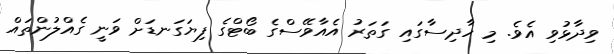
ވިދާޅުވި އެވެ. މި ހާދިސާގައި ގަތަރު އެއާވޭސްގެ ބޯޓްގެ ފިޔަގަނޑަށް ވަނީ ގެއްލުންތައް